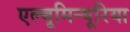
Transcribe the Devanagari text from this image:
एल्बूमिन्यूरिया